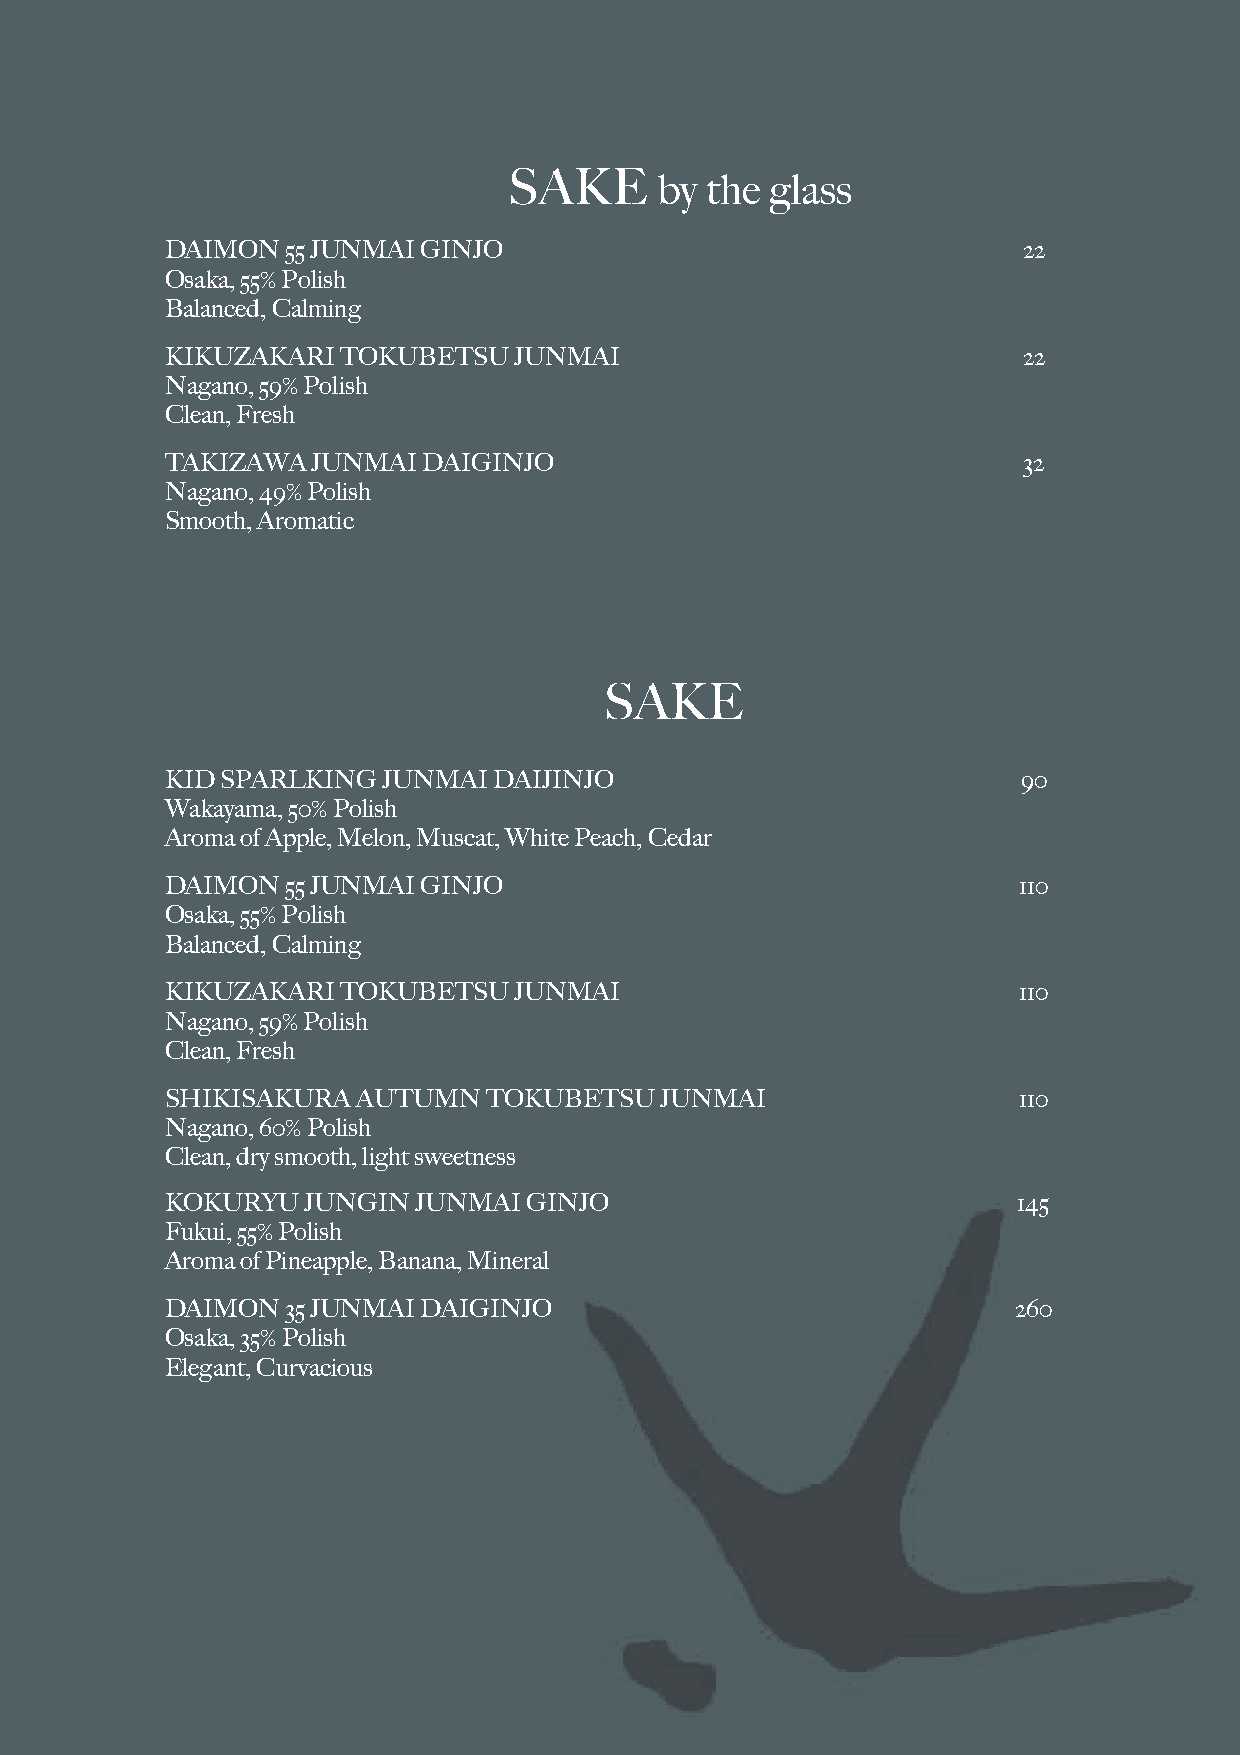
SAKE      by the glass
 DAIMON  55 JUNMAI GINJO                                  22
 Osaka, 55% Polish
 Balanced, Calming
 KIKUZAKARI TOKUBETSU   JUNMAI                            22
 Nagano, 59% Polish
 Clean, Fresh
 TAKIZAWA  JUNMAI DAIGINJO                                32
 Nagano, 49% Polish
 Smooth, Aromatic
 SAKE
 KID SPARLKING JUNMAI  DAIJINJO                           90
 Wakayama, 50% Polish
 Aroma of Apple, Melon, Muscat, White Peach, Cedar
 DAIMON  55 JUNMAI GINJO                                 110
 Osaka, 55% Polish
 Balanced, Calming
 KIKUZAKARI TOKUBETSU   JUNMAI                           110
 Nagano, 59% Polish
 Clean, Fresh
 SHIKISAKURA  AUTUMN  TOKUBETSU   JUNMAI                 110
 Nagano, 60% Polish
 Clean, dry smooth, light sweetness
 KOKURYU  JUNGIN  JUNMAI GINJO                           145
 Fukui, 55% Polish
 Aroma of Pineapple, Banana, Mineral
 DAIMON  35 JUNMAI DAIGINJO                              260
 Osaka, 35% Polish
 Elegant, Curvacious